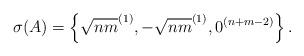
LaTeX: \begin{align*}\sigma(A) = \left\{ \sqrt{nm}^{(1)}, -\sqrt{nm}^{(1)}, 0^{(n+m-2)} \right\}.\end{align*}